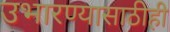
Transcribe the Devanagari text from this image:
उभारण्यासाठीही